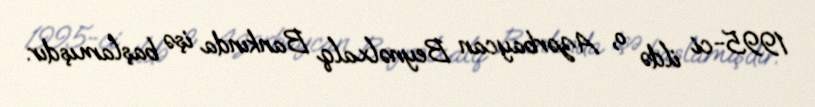
1995-ci ildə o, Azərbaycan Beynəlxalq Bankında işə başlamışdır.